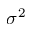
\sigma ^ { 2 }